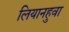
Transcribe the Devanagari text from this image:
लियानहुवा